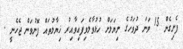
ފެށިގެން 15 ވަނަ ދުވަހުގެ ނިޔަލަށް ހުޅުވާލެވިފައިވާއިރު ޚިޔާލުތައް ފޮނުވަން ޖެހެނީ .